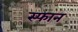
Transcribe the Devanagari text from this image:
स्फान